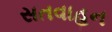
સતવાહન